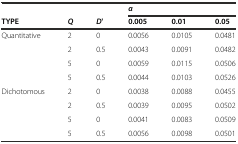
<table><thead><tr><td></td><td></td><td></td><td colspan="3"><b><i>α</i></b></td></tr><tr><td><b>TYPE</b></td><td><b><i>Q</i></b></td><td><b><i>D</i>&#x27;</b></td><td><b>0.005</b></td><td><b>0.01</b></td><td><b>0.05</b></td></tr></thead><tbody><tr><td rowspan="4">Quantitative</td><td>2</td><td>0</td><td>0.0056</td><td>0.0105</td><td>0.0481</td></tr><tr><td>2</td><td>0.5</td><td>0.0043</td><td>0.0091</td><td>0.0482</td></tr><tr><td>5</td><td>0</td><td>0.0059</td><td>0.0115</td><td>0.0506</td></tr><tr><td>5</td><td>0.5</td><td>0.0044</td><td>0.0103</td><td>0.0526</td></tr><tr><td rowspan="4">Dichotomous</td><td>2</td><td>0</td><td>0.0038</td><td>0.0088</td><td>0.0455</td></tr><tr><td>2</td><td>0.5</td><td>0.0039</td><td>0.0095</td><td>0.0502</td></tr><tr><td>5</td><td>0</td><td>0.0041</td><td>0.0083</td><td>0.0509</td></tr><tr><td>5</td><td>0.5</td><td>0.0056</td><td>0.0098</td><td>0.0501</td></tr></tbody></table>